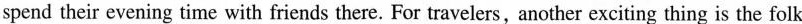
spend their evening time with friends there. For travelers,another exciting thing is the folk